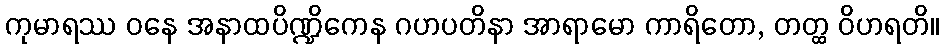
ကုမာရဿ ဝနေ အနာထပိဏ္ဍိကေန ဂဟပတိနာ အာရာမော ကာရိတော, တတ္ထ ဝိဟရတိ။